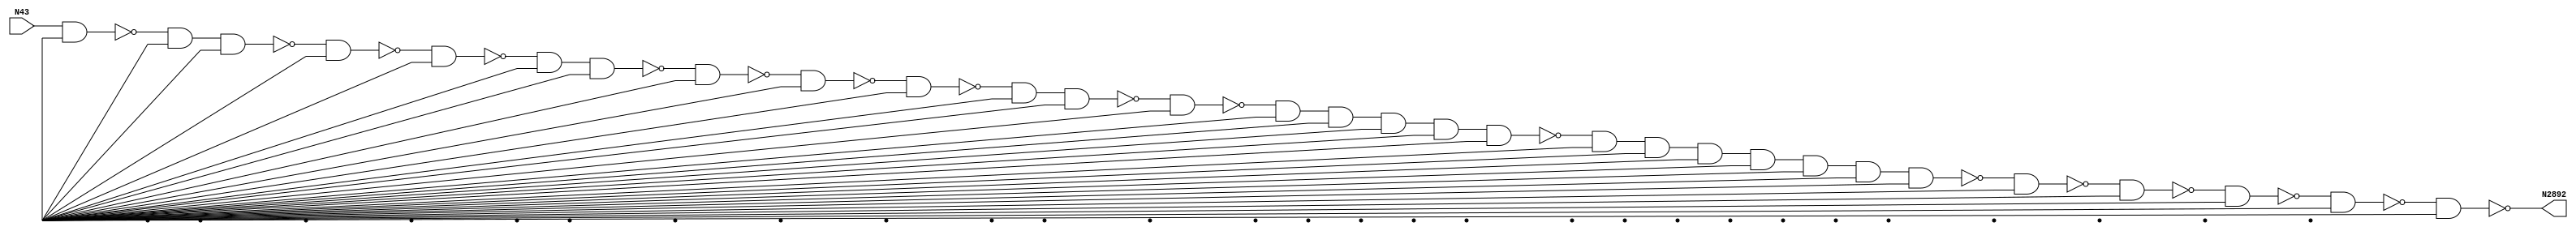
module singlepath (N43, N2892);
input N43;
output N2892;
wire N2874, N2873, N2846, N2828, N2810, N2809, N2776, N2205, N2552, N1493, N1367, N2021, N1734, N1731, N1786, N2022, N1623, N2315, N1554, N2611, N1882, N571, N2229, N1454, N1521, N1987, N243, N1216, N2235, N2576, N1936, N727, N1314, N1025, N2269, N385, N2620, N1215, N745, N1841, N1787, N1911, N1883, N2039, N2555, N2081, N1453, N2202, N1022, N2228, N2658, N2245, N1658, N2628, N2272, N2326, N2573, N1810, N2617, N2614, N2655, N2061, N2661, N2664, N2746, N2750, Vcc, gnd;
not NOT1_15(N243, N43);
buf BUFF1_57(N385, N43);
buf BUFF1_86(N571, N243);
buf BUFF1_138(N727, N243);
buf BUFF1_144(N745, N243);
buf BUFF1_223(N1022, N571);
buf BUFF1_224(N1025, N571);
not NOT1_280(N1215, N1025);
nand NAND2_281(N1216, N1025, Vcc);
nand NAND2_318(N1314, N1215, Vcc);
nand NAND2_340(N1367, N1314, Vcc);
nand NAND2_374(N1453, N1367, Vcc);
not NOT1_375(N1454, N1367);
nand NAND2_402(N1493, N1454, Vcc);
nand NAND2_416(N1521, N1493, Vcc);
not NOT1_429(N1554, N1521);
buf BUFF1_450(N1623, N1554);
buf BUFF1_459(N1658, N1554);
buf BUFF1_492(N1731, N1623);
buf BUFF1_493(N1734, N1623);
not NOT1_515(N1786, N1734);
nand NAND2_516(N1787, N1734, Vcc);
nand NAND2_528(N1810, N1786, Vcc);
nand NAND2_542(N1841, N1810, Vcc);
nand NAND2_559(N1882, N1841, Vcc);
not NOT1_560(N1883, N1841);
nand NAND2_570(N1911, N1883, Vcc);
nand NAND2_583(N1936, N1911, Vcc);
not NOT1_603(N1987, N1936);
not NOT1_622(N2021, N1987);
nand NAND2_623(N2022, N1987, Vcc);
nand NAND2_634(N2039, N2021, Vcc);
nand NAND2_642(N2061, N2039, Vcc);
nand NAND2_650(N2081, N2061, Vcc);
buf BUFF1_661(N2202, N2081);
buf BUFF1_662(N2205, N2081);
nand NAND2_673(N2228, N2202, Vcc);
not NOT1_674(N2229, N2202);
nand NAND2_680(N2235, N2229, Vcc);
nand NAND2_686(N2245, N2235, Vcc);
not NOT1_694(N2269, N2245);
and AND2_695(N2272, N2245, Vcc);
buf BUFF1_699(N2315, N2272);
buf BUFF1_700(N2326, N2272);
nand NAND5_715(N2552, N2326, Vcc, Vcc, Vcc, Vcc);
nand NAND5_716(N2555, N2326, Vcc, Vcc, Vcc, Vcc);
and AND5_722(N2573, N2326, Vcc, Vcc, Vcc, Vcc);
and AND5_723(N2576, N2326, Vcc, Vcc, Vcc, Vcc);
nand NAND5_729(N2611, N2326, Vcc, Vcc, Vcc, Vcc);
nand NAND5_730(N2614, N2326, Vcc, Vcc, Vcc, Vcc);
nand NAND5_731(N2617, N2326, Vcc, Vcc, Vcc, Vcc);
nand NAND5_732(N2620, N2326, Vcc, Vcc, Vcc, Vcc);
nand NAND5_734(N2628, N2326, Vcc, Vcc, Vcc, Vcc);
and AND5_746(N2655, N2326, Vcc, Vcc, Vcc, Vcc);
and AND5_747(N2658, N2326, Vcc, Vcc, Vcc, Vcc);
and AND5_748(N2661, N2326, Vcc, Vcc, Vcc, Vcc);
and AND5_749(N2664, N2326, Vcc, Vcc, Vcc, Vcc);
nand NAND8_791(N2746, N2552, Vcc, Vcc, Vcc, Vcc, Vcc, Vcc, Vcc);
and AND8_793(N2750, N2552, Vcc, Vcc, Vcc, Vcc, Vcc, Vcc, Vcc);
and AND2_811(N2776, N2746, Vcc);
nand NAND2_826(N2809, N2776, Vcc);
not NOT1_827(N2810, N2776);
nand NAND2_835(N2828, N2810, Vcc);
nand NAND2_838(N2846, N2828, Vcc);
nand NAND2_858(N2873, N2846, Vcc);
not NOT1_859(N2874, N2846);
nand NAND2_875(N2892, N2873, Vcc);

endmodule